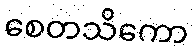
စေတသိကော